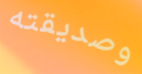
وصديقته